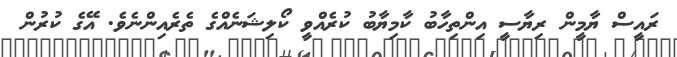
ރައީސް ޔާމީން ރިޔާސީ އިންތިހާބު ކާމިޔާބު ކުރެއްވީ ކޯލިޝަނެއްގެ ތެރެއިންނެވެ. އޭގެ ކުރުން